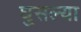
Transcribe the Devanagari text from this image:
घुसल्या